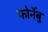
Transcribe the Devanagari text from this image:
फोर्नेबु